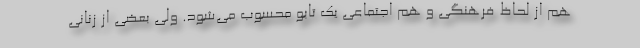
هم از لحاظ فرهنگی و هم اجتماعی یک تابو محسوب می‌شود. ولی بعضی از زنانی